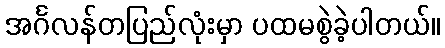
အင်္ဂလန်တပြည်လုံးမှာ ပထမစွဲခဲ့ပါတယ်။